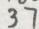
3 7